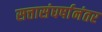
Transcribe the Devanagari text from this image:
सत्तासंघर्षानंतर